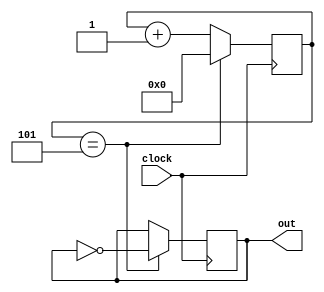
module clock_divider400Hz(
	input wire clock,
	output reg out
);
    reg[3:0]clkr_10 = 4'b0;
    initial begin
        out = 0;
    end
    always @(posedge clock)
    begin
        clkr_10 <= clkr_10 + 4'b1;
        if (clkr_10 == 5)
        begin
            clkr_10 <= 4'b0;
            out <= ~out;
        end
    end
endmodule